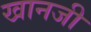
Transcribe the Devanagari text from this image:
खानजी